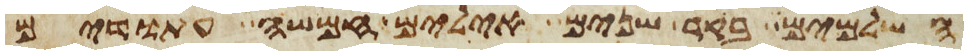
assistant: השלמים בקר שנים אילים חמשה עתודים